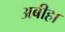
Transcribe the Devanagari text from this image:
अबीहा